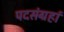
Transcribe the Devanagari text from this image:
पदसंग्रहां